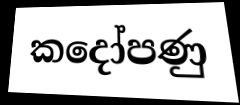
කදෝපණු